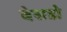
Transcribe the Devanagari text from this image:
बेसडो